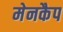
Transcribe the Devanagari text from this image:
मेनकैप